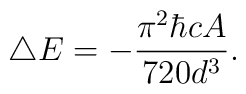
\bigtriangleup E=-{\pi^{2}{\hbar}c A \over 720 d^{3}} .